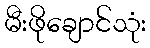
မီးဖိုချောင်သုံး